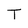
Character: T